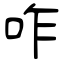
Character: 咋